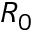
R _ { 0 }